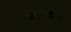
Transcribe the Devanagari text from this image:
पर्यावरणविद्ो